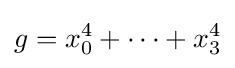
g=x_{0}^{4}+\cdots +x_{3}^{4}